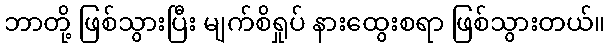
ဘာတို့ ဖြစ်သွားပြီး မျက်စိရှုပ် နားထွေးစရာ ဖြစ်သွားတယ်။